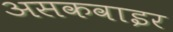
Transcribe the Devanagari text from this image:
असकवाइर